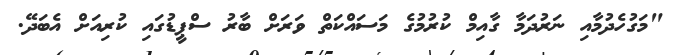
"މަގުހެދުމާއި ނަރުދަމާ ގާއިމް ކުރުމުގެ މަސައްކަތް ވަރަށް ބާރު ސްޕީޑުގައި ކުރިއަށް އެބަދޭ.